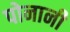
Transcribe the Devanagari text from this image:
पोनानी